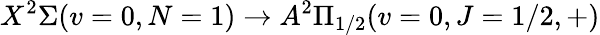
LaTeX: X^{2}\Sigma(v=0,N=1)\to A^{2}\Pi_{1/2}(v=0,J=1/2,+)